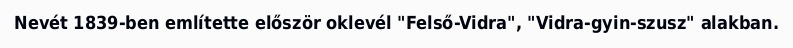
Nevét 1839-ben említette először oklevél "Felső-Vidra", "Vidra-gyin-szusz" alakban.